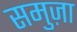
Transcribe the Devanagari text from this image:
समुज़ा